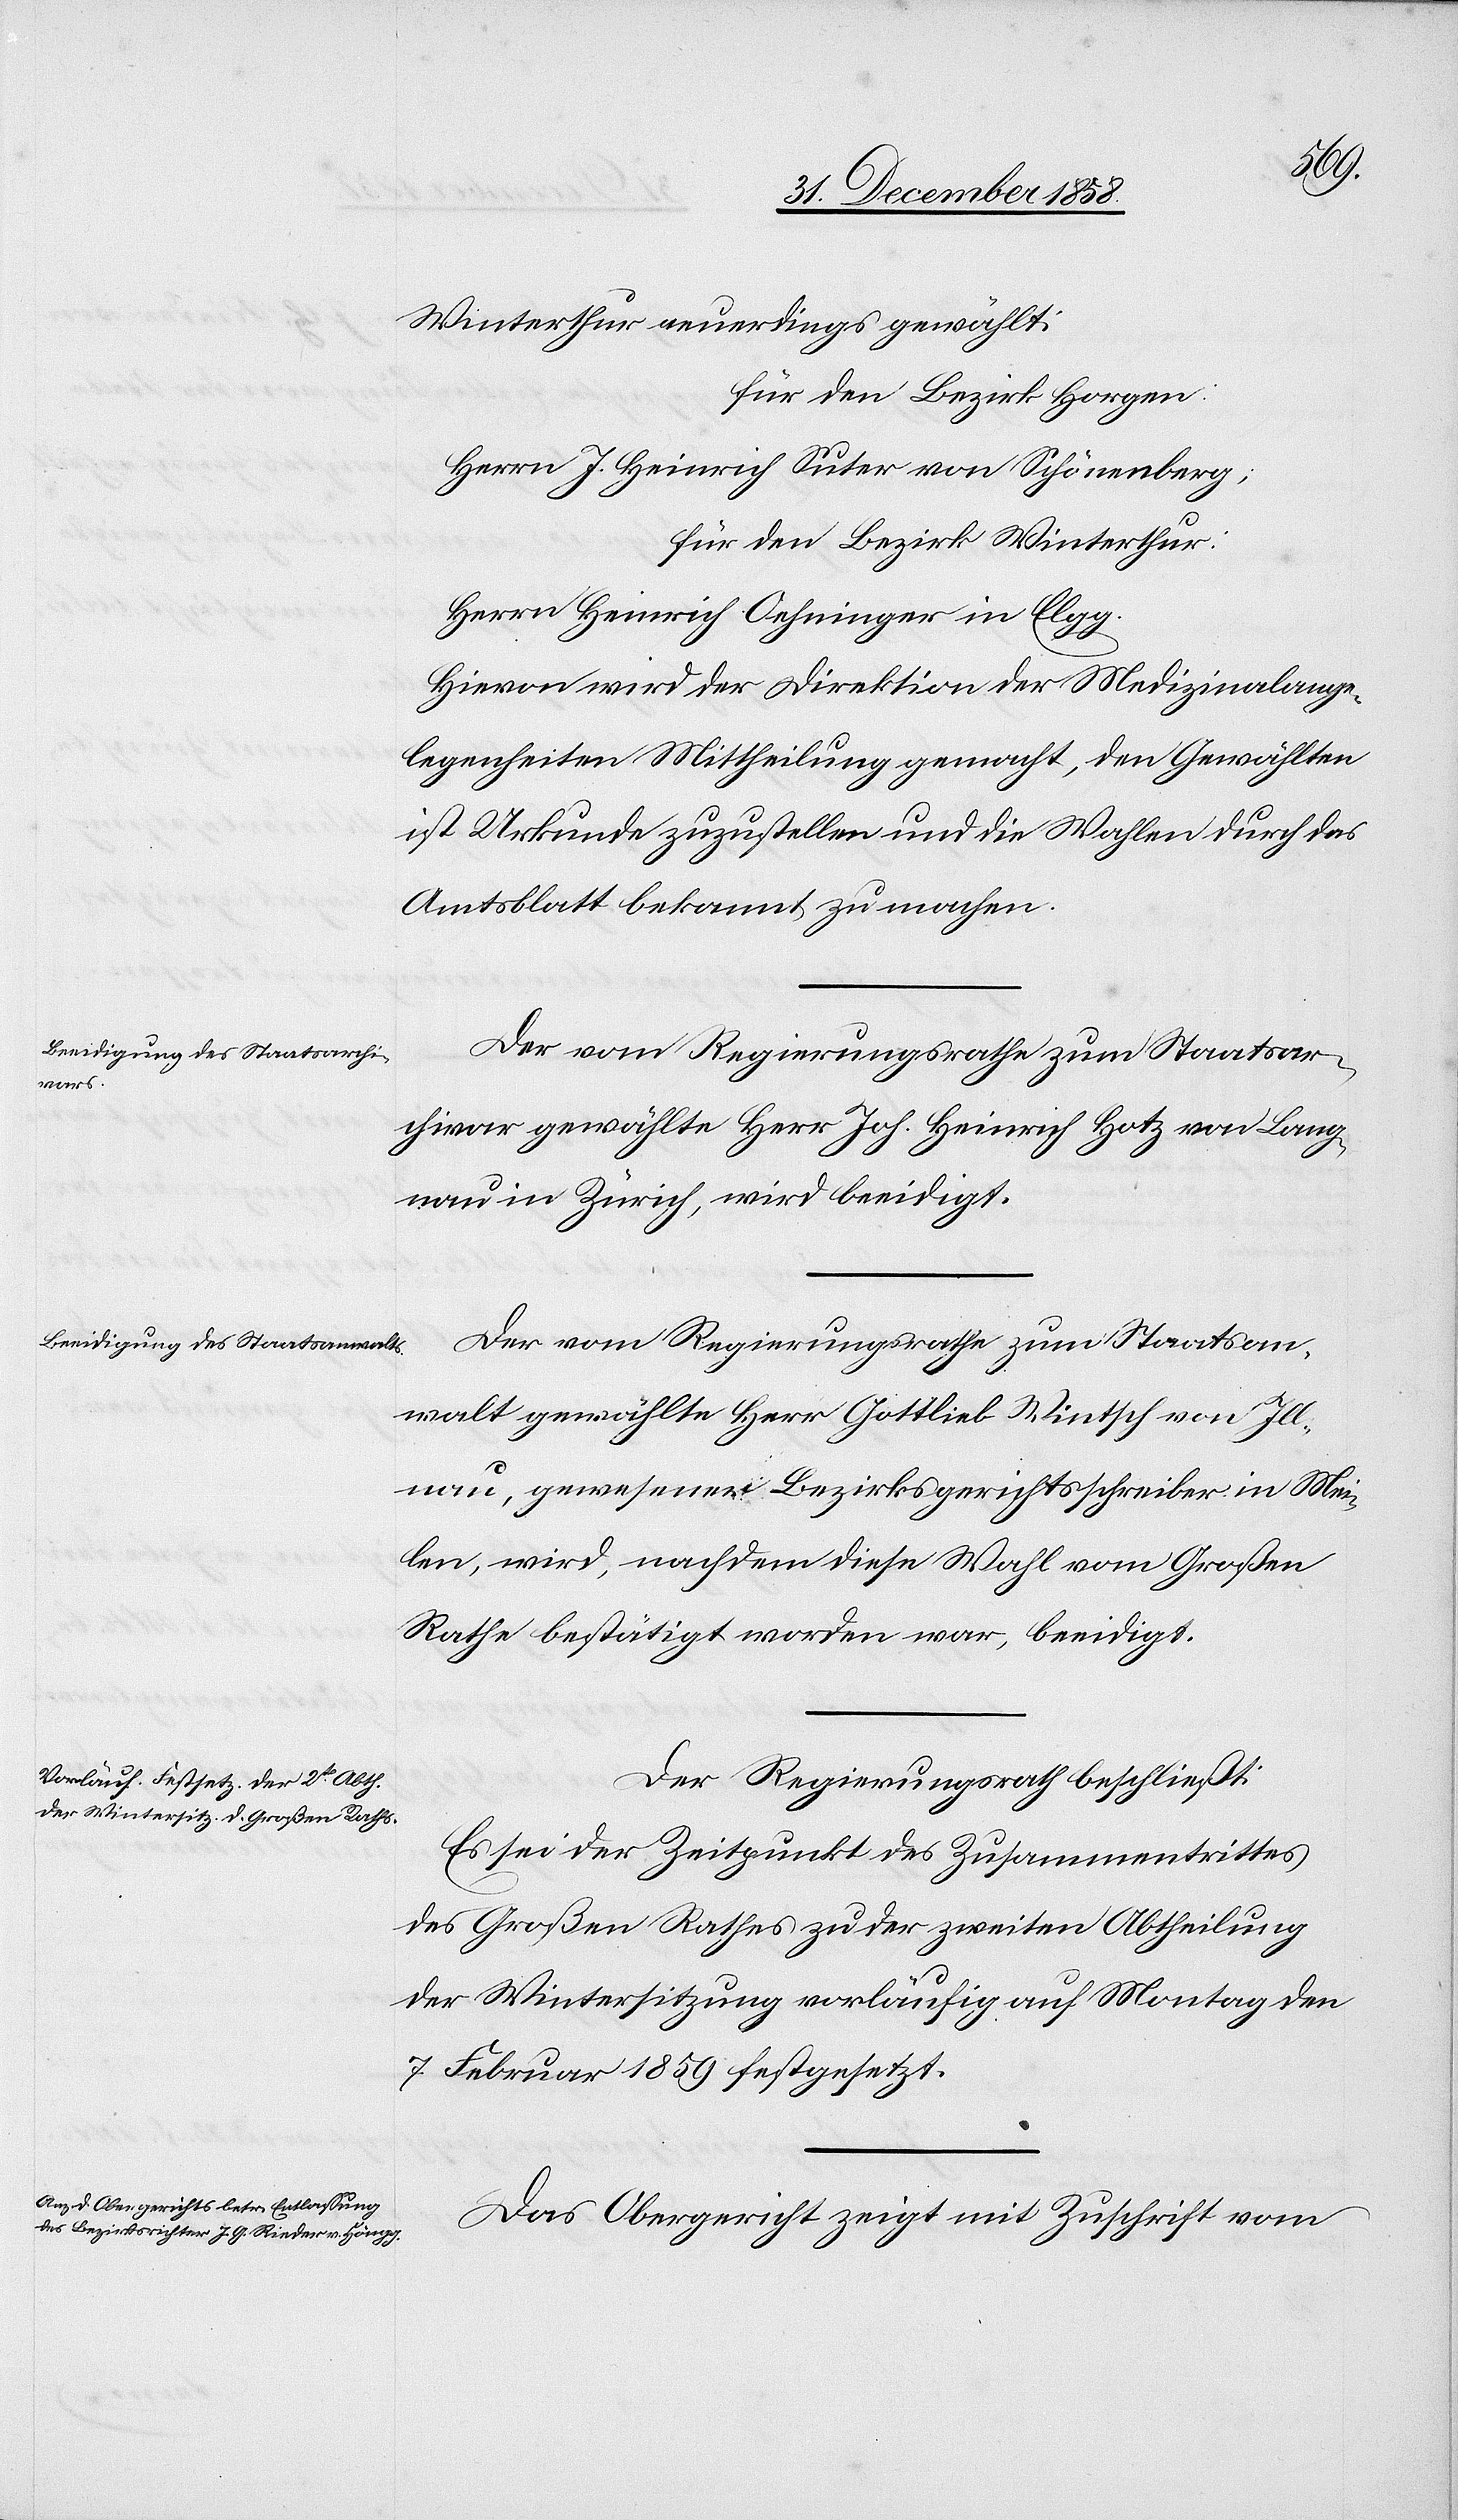
Winterthur neuerdings gewählt:
für den Bezirk Horgen:
Herrn J. Heinrich Suter von Schönenberg;
für den Bezirk Winterthur:
Herrn Heinrich Oehninger in Elgg.
Hievon wird der Direktion der Medizinalange¬
legenheiten Mittheilung gemacht, den Gewählten
ist Urkunde zuzustellen und die Wahlen durch das
Amtsblatt bekannt zu machen.
Der vom Regierungsrathe zum Staatsar¬
chivar gewählte Herr Joh. Heinrich Hotz von Lang¬
nau in Zürich, wird beeidigt.
Der vom Regierungsrathe zum Staatsan¬
walt gewählte Herr Gottlieb Wintsch von Ill¬
nau, gewesener Bezirksgerichtsschreiber in Mei¬
len, wird, nachdem diese Wahl vom Großen
Rathe bestätigt worden war, beeidigt.
Der Regierungsrath beschließt:
Es sei der Zeitpunkt des Zusammentrittes
des Großen Rathes zu der zweiten Abtheilung
der Wintersitzung vorläufig auf Montag den
7. Februar 1859 festgesetzt.
Das Obergericht zeigt mit Zuschrift vom